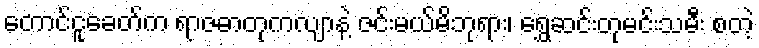
တောင်ငူခေတ်က ရာဇဓာတုကလျာနဲ့ ဇင်းမယ်မိဘုရား၊ ရွှေဆင်းတုမင်းသမီး စတဲ့